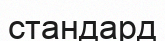
стандард